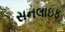
સનલાઇફ